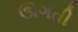
ઊગતી